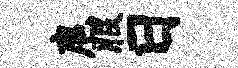
扈服日